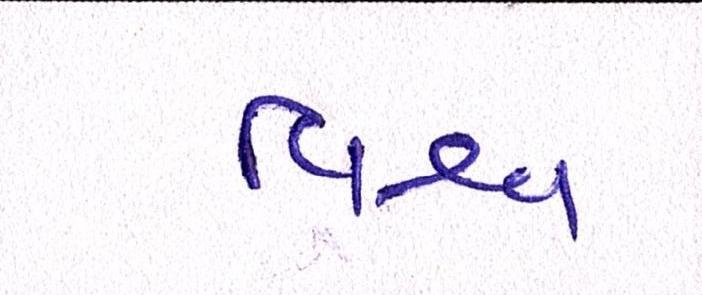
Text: વિશ્વ